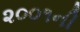
૨૦૦૧ની